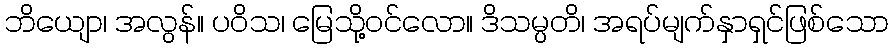
ဘိယျော၊ အလွန်။ ပဝိသ၊ မြေသို့ဝင်လော။ ဒိသမ္ပတိ၊ အရပ်မျက်နှာရှင်ဖြစ်သော